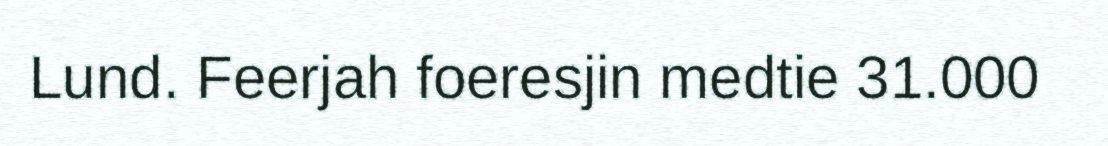
Lund. Feerjah foeresjin medtie 31.000